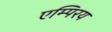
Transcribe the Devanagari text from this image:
एम्पिरय